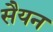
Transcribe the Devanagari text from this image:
सैयन